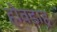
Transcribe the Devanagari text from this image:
होवडाह